Lunatic asylums Madras 1877-1891 - 1877-1891
Year: 1877
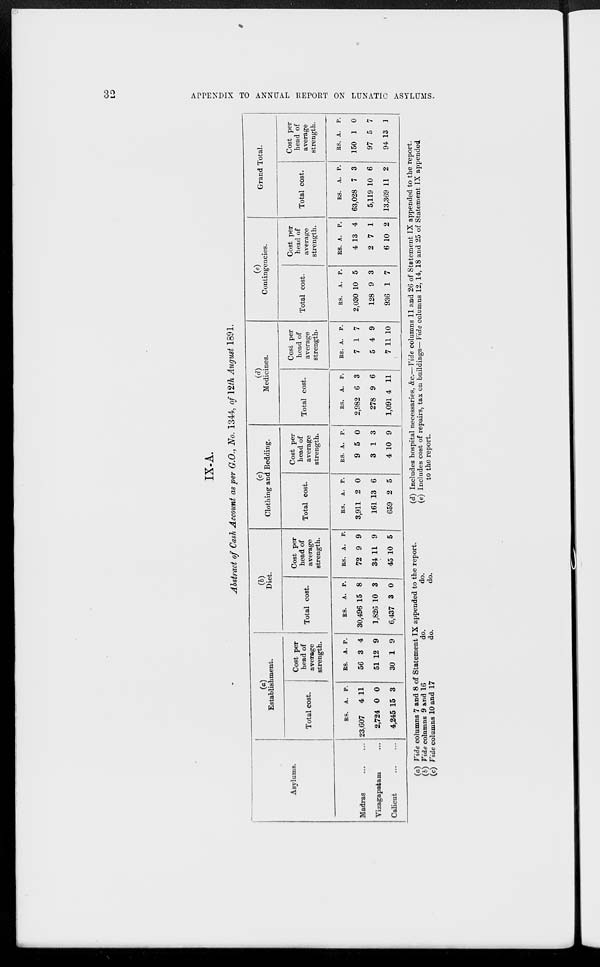
32 APPENDIX TO ANNUAL REPORT ON LUNATIC ASYLUMS.
IX-A.
Abstract of Cash Account as per G.O., No. 1344, of 12th August 1891.
Asylums.
Madras
...
...
Vizagapatam ...
Calicut ... ...
(a)
Establishment.
Total cost.
RS.
23,607
2,724
4,245
A.
4
0
15
P.
11
0
3
Cost per
head of
average
strength.
RS.
56
51
30
A.
3
12
1
P.
4
9
9
(b)
Diet.
Total cost.
RS.
30,496
1,826
6,437
A.
15
10
3
P.
8
3
0
Cost per
head of
average
strength.
RS.
72
34
45
A.
9
11
10
P.
9
9
5
(c)
Clothing and Bedding.
Total cost.
RS.
3,911
161
659
A.
2
13
2
P.
0
6
5
Cost per
head of
average
strength.
RS.
9
3
4
A.
5
1
10
P.
0
3
9
(d)
Medicines.
Total cost.
RS.
2,982
278
1,091
A.
6
9
4
P.
3
6
11
Cost per
head of
average
strength.
RS.
7
5
7
A.
1
4
11
P.
7
9
10
(e)
Contingencies.
Total cost.
RS.
2,030
128
936
A.
10
9
1
P.
5
3
7
Cost per
head of
average
strength.
RS.
4
2
6
A.
13
7
10
P.
4
1
2
Grand Total.
Total cost.
RS.
63,028
5,119
13,369
A.
7
10
11
P.
3
6
2
Cost per
head of
average
strength.
RS.
150
97
94
A.
1
5
13
P.
0
7
1
(a) Vide columns 7 and 8 of Statement IX appended to the report.
(d) Includes hospital necessaries, &c.—Vide columns 11 and 26 of Statement IX appended to the report.
(b) Vide columns 9 and 16
do.
do.
(e) Includes cost of repairs, tax on buildings— Vide columns 12, 14, 18 and 25 of Statement IX appended
(c) Vide columns 10 and 17
do.
do.
to the report.